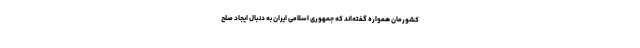
کشورمان همواره گفته‌اند که جمهوری اسلامی ایران به دنبال ایجاد صلح